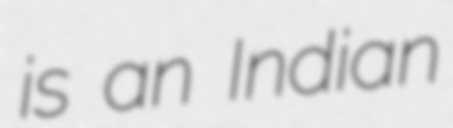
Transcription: is an Indian